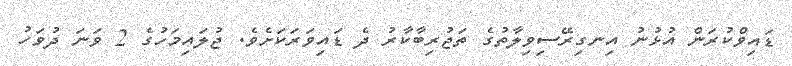
ޑައިވްކުރަން އުޅުނު އިނގިރޭސިވިލާތުގެ ތަޖުރިބާކާރު ދެ ޑައިވަރަކަށެވެ. ޖުލައިމަހުގެ 2 ވަނަ ދުވަހު